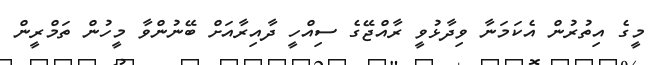
މީގެ އިތުރުން އެކަމަނާ ވިދާޅުވީ ރާއްޖޭގެ ސިއްހީ ދާއިރާއަށް ބޭނުންވާ މީހުން ތަމްރީން